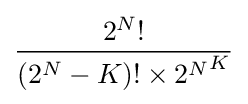
2^{N}! \over {(2^{N}-K)!\times {2^{N}}^{K}}